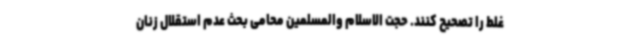
غلط را تصحیح کنند. حجت الاسلام والمسلمین محامی بحث عدم استقلال زنان